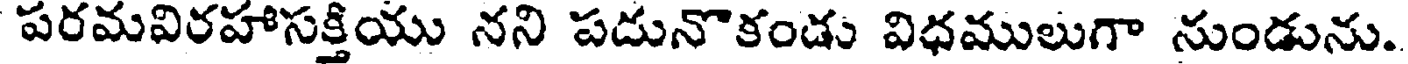
పరమవిరహాసక్తియు నని పడునొకండు విధములుగా నుండును.